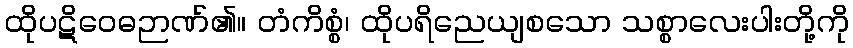
ထိုပဋိဝေဓဉာဏ်၏။ တံကိစ္စံ၊ ထိုပရိညေယျစသော သစ္စာလေးပါးတို့ကို